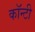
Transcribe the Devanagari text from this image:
काॅन्टी